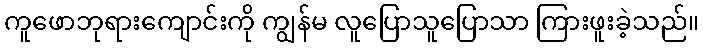
ကူဖောဘုရားကျောင်းကို ကျွန်မ လူပြောသူပြောသာ ကြားဖူးခဲ့သည်။